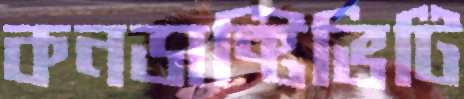
কনডাক্টিভিটি